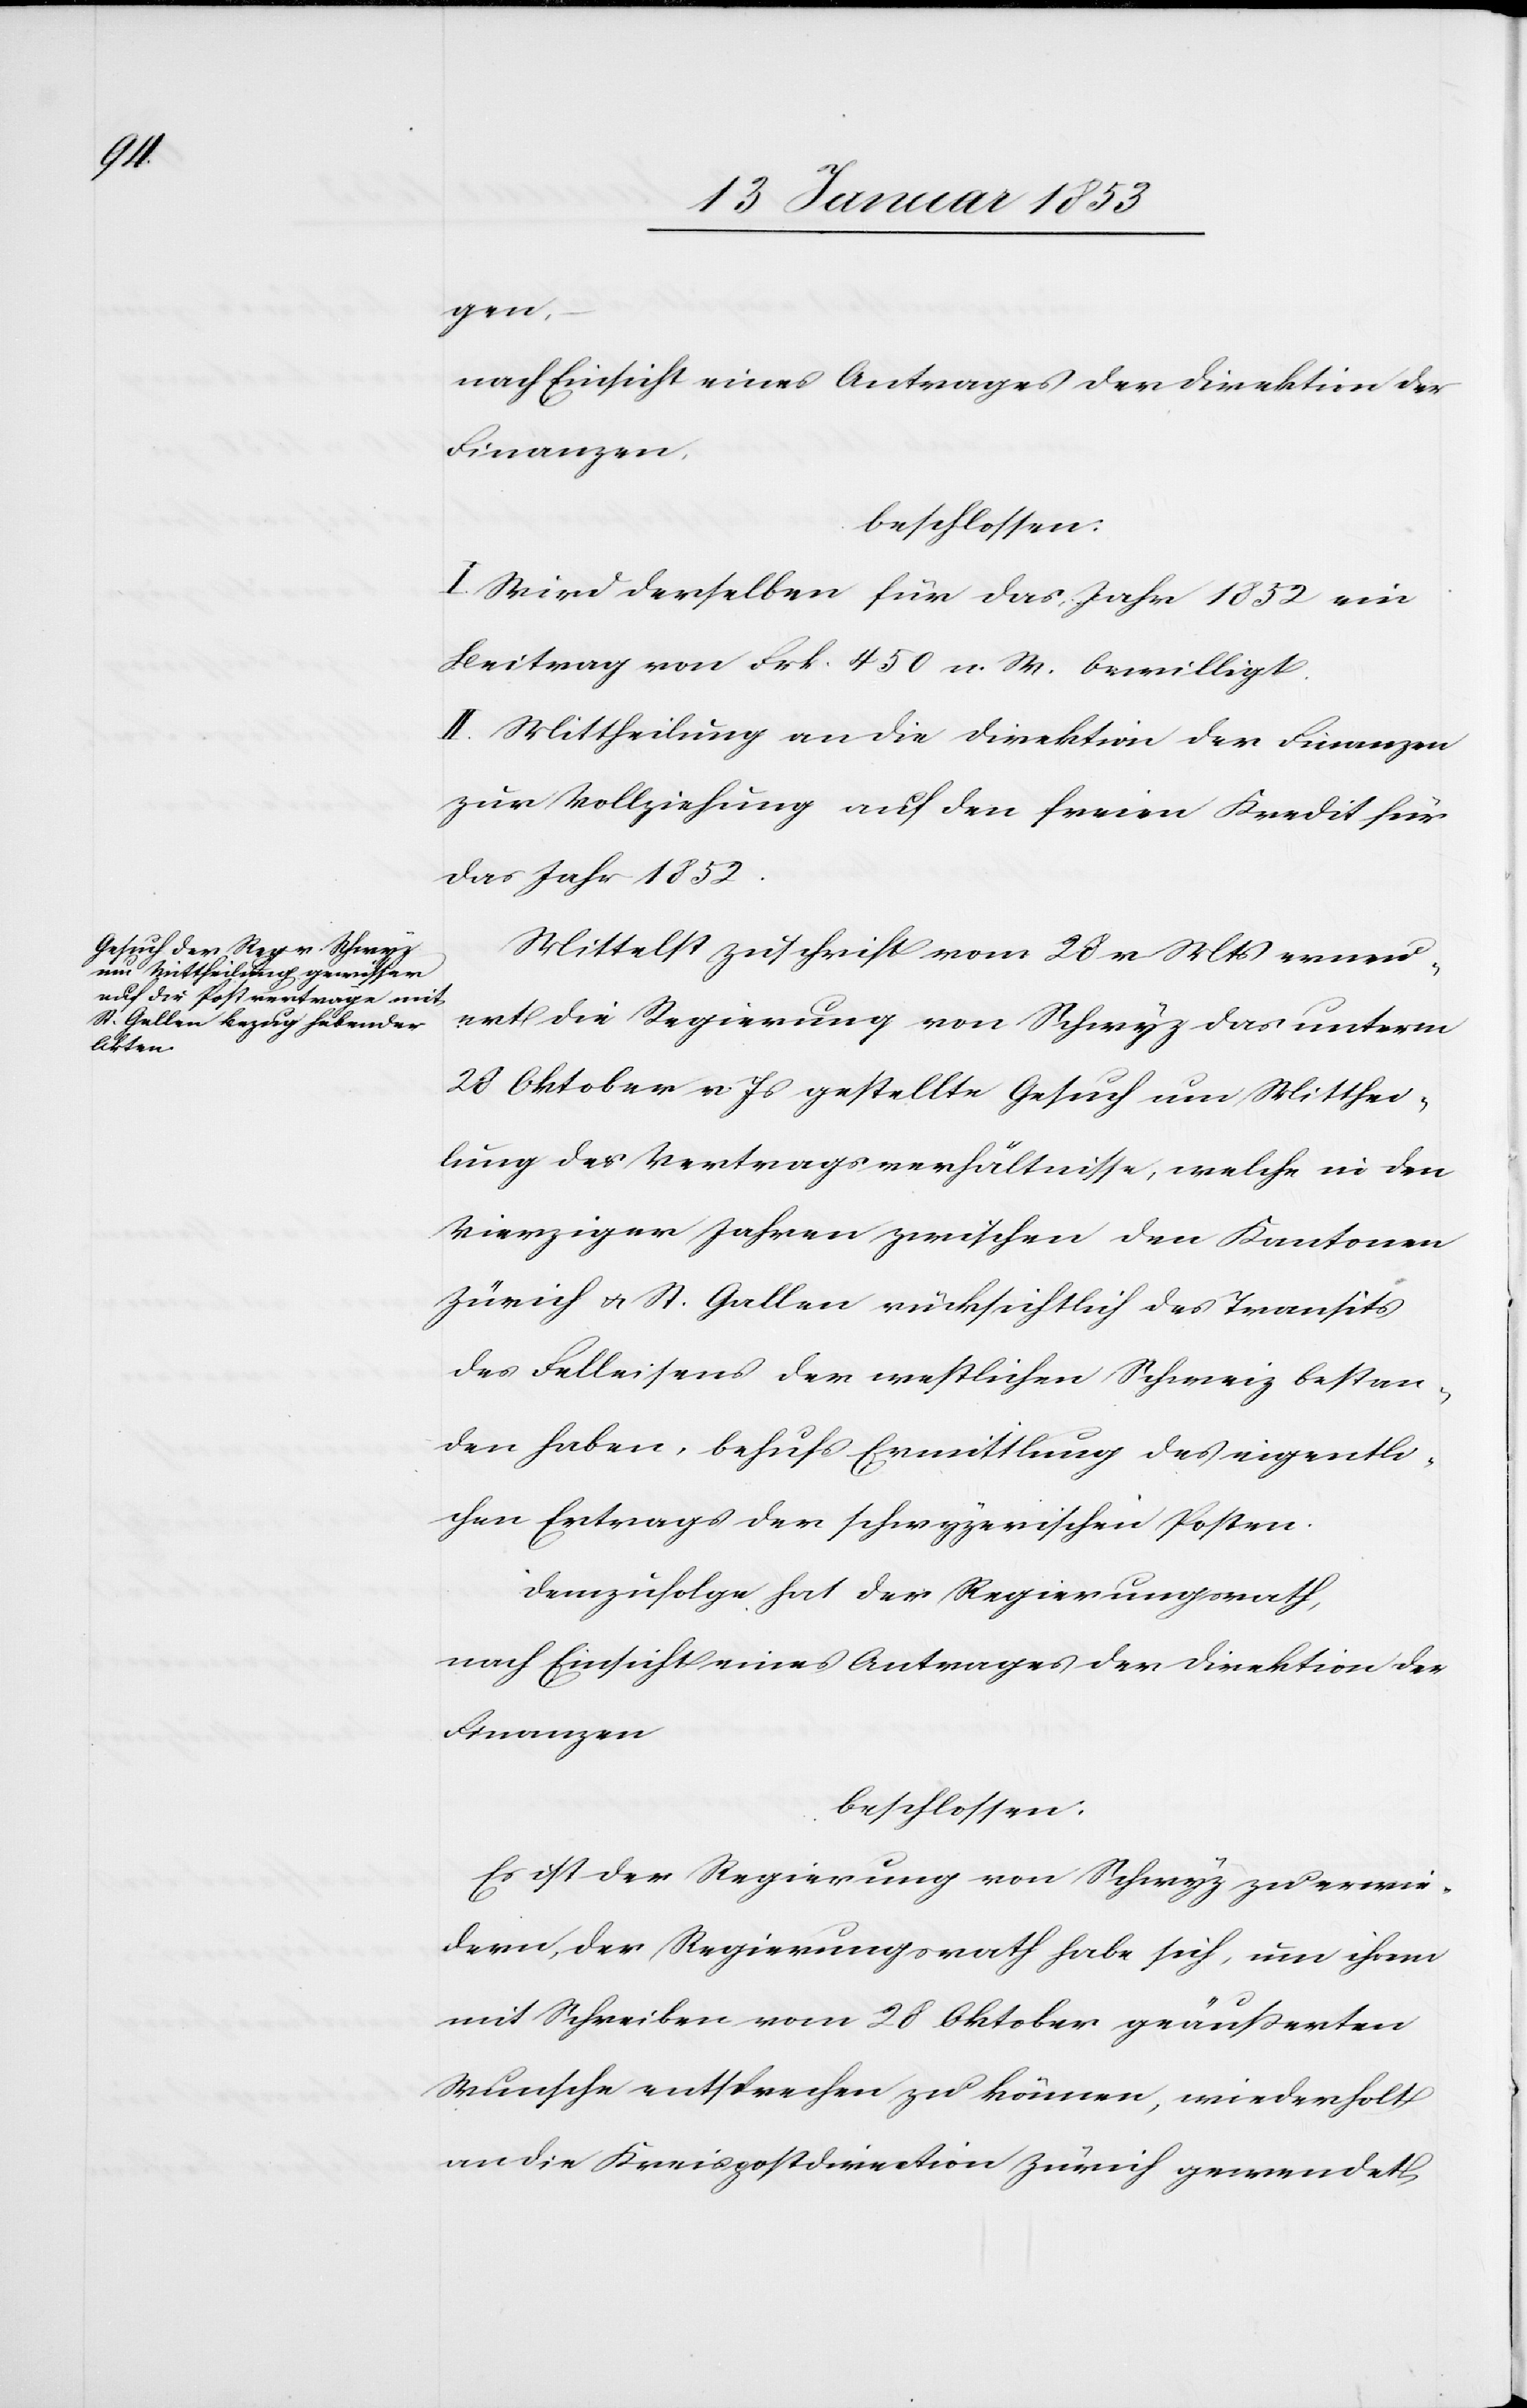
gen.
nach Einsicht eines Antrages der Direktion der
Finanzen.
beschlossen:
I. Wird demselben für das Jahr 1852 ein
Beitrag von Frk 450 n. W. bewilligt.
II. Mittheilung an die Direktion der Finanzen
zur Vollziehung auf den freien Kredit für
das Jahr 1852.
Mittelst Zuschrift vom 28 v. Mts. erneu¬
ert die Regierung von Schwyz das unterm
28 Oktober v. Js. gestellte Gesuch um Mitthei¬
lung der Vertragsverhältnisse, welche in den
Vierziger Jahren zwischen den Kantonen
Zürich u. St. Gallen rücksichtlich des Transit
des Falleisens der restlichen Schweiz bestan¬
den haben, behufs Ermittlung des eigentli¬
chen Ertrages der schwyzerischen Posten.
demzufolge hat der Regierungsrath,
nach Einsicht eines Antrages der Direktion der
Finanzen
beschlossen:
Es ist der Regierung von Schwyz zu erwie¬
dern, der Regierungsrath habe sich, um ihren
mit Schreiben vom 28 Oktober geäußerten
Wunsche entsprechen zu können, wiederholt
an die Kriegspostdirection Zürich gewendet